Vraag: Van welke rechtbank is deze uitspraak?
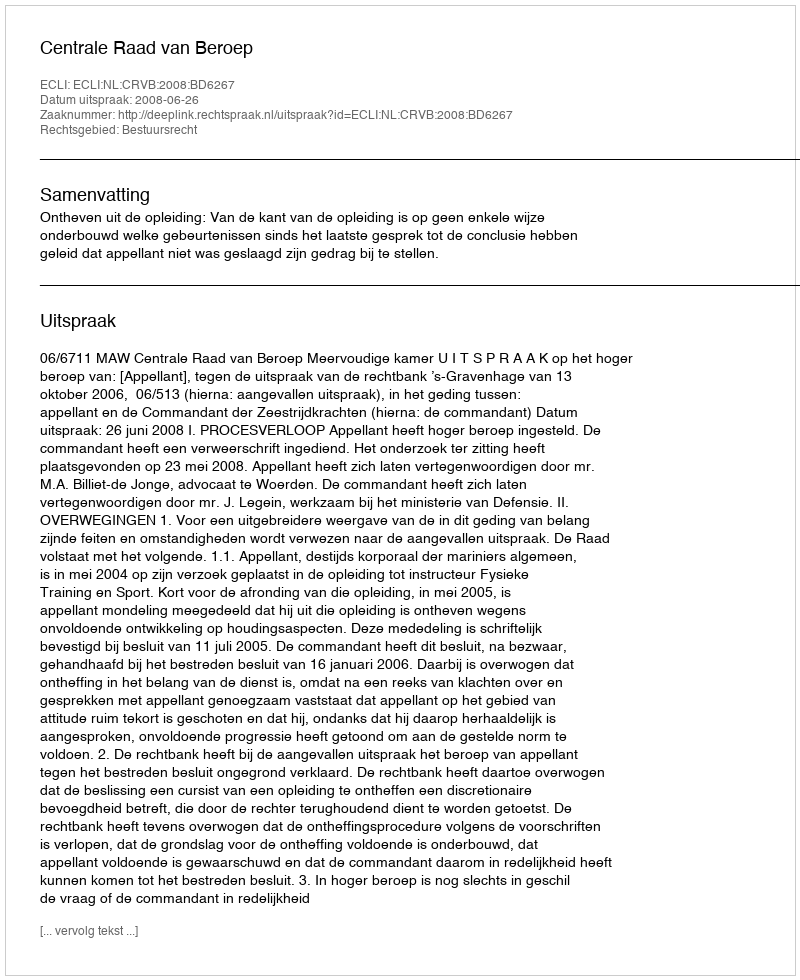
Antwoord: Centrale Raad van Beroep